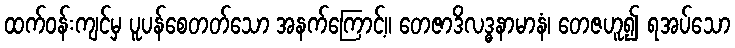
ထက်ဝန်းကျင်မှ ပူပန်စေတတ်သော အနက်ကြောင့်။ တေဇာဒိလဒ္ဓနာမာနံ၊ တေဇဟူ၍ ရအပ်သော